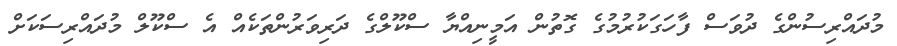
މުދައްރިސުންގެ ދުވަސް ފާހަގަކުރުމުގެ ގޮތުން އަމީނިއްޔާ ސްކޫލްގެ ދަރިވަރުންތަކެއް އެ ސްކޫލް މުދައްރިސަކަށް